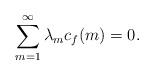
LaTeX: \begin{align*}\sum_{m=1}^{\infty} \lambda_m c_f(m)=0.\end{align*}